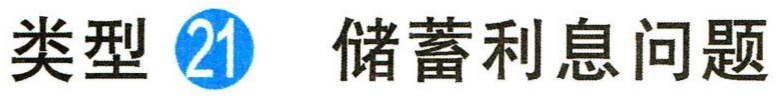
类型 \textcircled{21} 储蓄利息问题